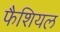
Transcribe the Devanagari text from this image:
फैशियल